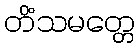
တိံသမတ္တေ